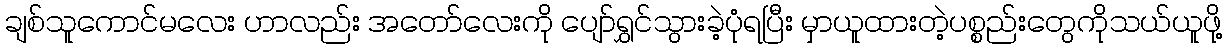
ချစ်သူကောင်မလေး ဟာလည်း အတော်လေးကို ပျော်ရွှင်သွားခဲ့ပုံရပြီး မှာယူထားတဲ့ပစ္စည်းတွေကိုသယ်ယူဖို့